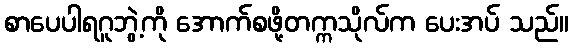
စာပေပါရဂူဘွဲ့ကို အောက်စဖို့တက္ကသိုလ်က ပေးအပ် သည်။